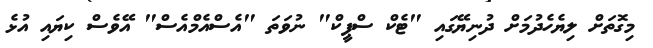
މިގޮތަށް ލިޔެހެދުމަށް ދުނިޔޭގައި "ޓެކް ސްޕީކް" ނުވަތަ "އެސްއެމްއެސް" އޭވެސް ކިޔައި އުޅެ